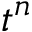
t ^ { n }